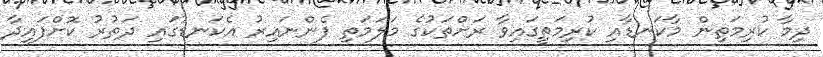
ދިމާ ކުރިމަތިން މާކަނޑާއި ކުރިމަތީގައިވާ ރަށްތަކުގެ މަލަމަތި ފެންނައިރު އެކަނޑުގައި ދަތުރު ކޮށްފައިދާ